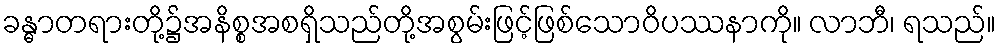
ခန္ဓာတရားတို့၌အနိစ္စအစရှိသည်တို့အစွမ်းဖြင့်ဖြစ်သောဝိပဿနာကို။ လာဘီ၊ ရသည်။